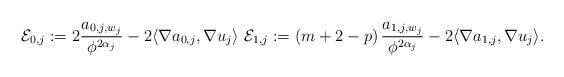
LaTeX: \begin{align*} \mathcal E_{0,j}:= 2\frac{ a_{0,j,w_j}}{\phi^{2 \alpha_j}}- 2 \langle \nabla a_{0,j}, \nabla u_j\rangle\ \mathcal E_{1,j}:= (m+2-p)\,\frac{ a_{1,j,w_j}}{\phi^{2 \alpha_j}}- 2 \langle \nabla a_{1,j}, \nabla u_j\rangle.\end{align*}